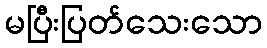
မပြီးပြတ်သေးသော